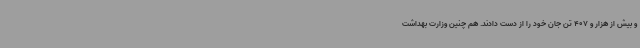
و بیش از هزار و 407 تن جان خود را از دست دادند. هم چنین وزارت بهداشت